Civil Veterinary Department. United Provinces 1932-42 - 1932-1942
Year: 1932
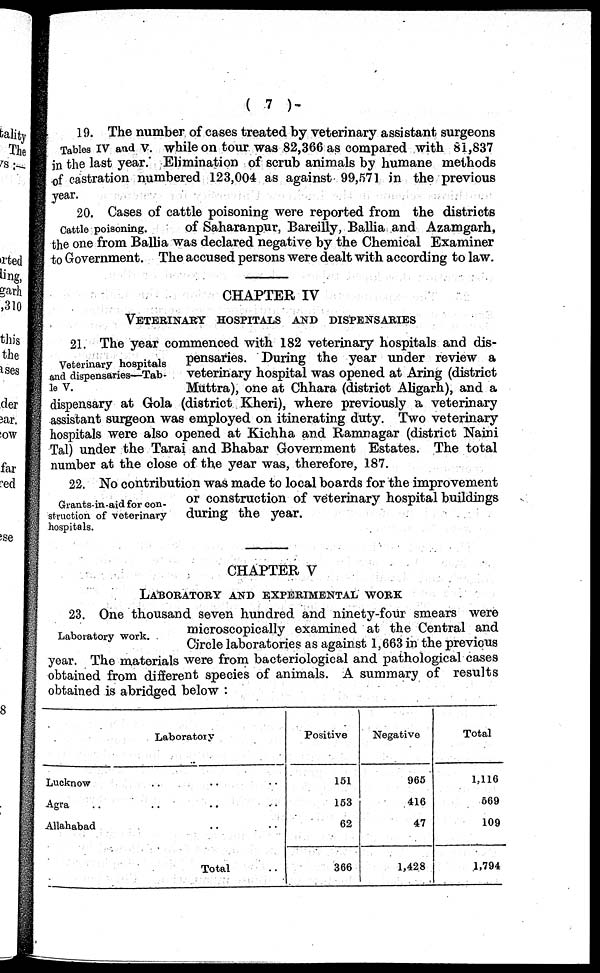
(7)
Tables IV and V.
in the last year.
19. The number of cases treated by veterinary assistant surgeons
while on tour was 82,366 as compared with 81,837
Elimination of scrub animals by humane methods
of castration numbered 123,004 as against 99,571 in the previous
year.
Cattle poisoning.
20. Cases of cattle poisoning were reported from the districts
of Saharanpur, Bareilly, Ballia and Azamgarh,
the one from Ballia was declared negative by the Chemical Examiner
to Government. The accused persons were dealt with according to law.
CHAPTER IV
VETERINARY HOSPITALS AND DISPENSARIES
Veterinary hospitals
and dispensaries—Tab-
le V.
21. The year commenced with 182 veterinary hospitals and dis-
pensaries. During the year under review a
veterinary hospital was opened at Aring (district
Muttra), one at Chhara (district Aligarh), and a
dispensary at Gola (district Kheri), where previously a veterinary
assistant surgeon was employed on itinerating duty. Two veterinary
hospitals were also opened at Kichha and Ramnagar (district Naini
Tal) under the Tarai and Bhabar Government Estates. The total
number at the close of the year was, therefore, 187.
Grants-in-aid for con-
struction of veterinary
hospitals.
22. No contribution was made to local boards for the improvement
or construction of veterinary hospital buildings
during the year.
CHAPTER V
LABORATORY AND EXPERIMENTAL WORK
Laboratory work.
23. One thousand seven hundred and ninety-four smears were
microscopically examined at the Central and
Circle laboratories as against 1,663 in the previous
year. The materials were from bacteriological and pathological cases
obtained from different species of animals. A summary of results
obtained is abridged below :
Lucknow
Agra ..
Allahabad
Laboratory
.. .. ..
.. .. ..
.. ..
Total ..
Positive
151
153
2
366
Negative
965
416
47
1,428
Total
1,116
569
109
1,794